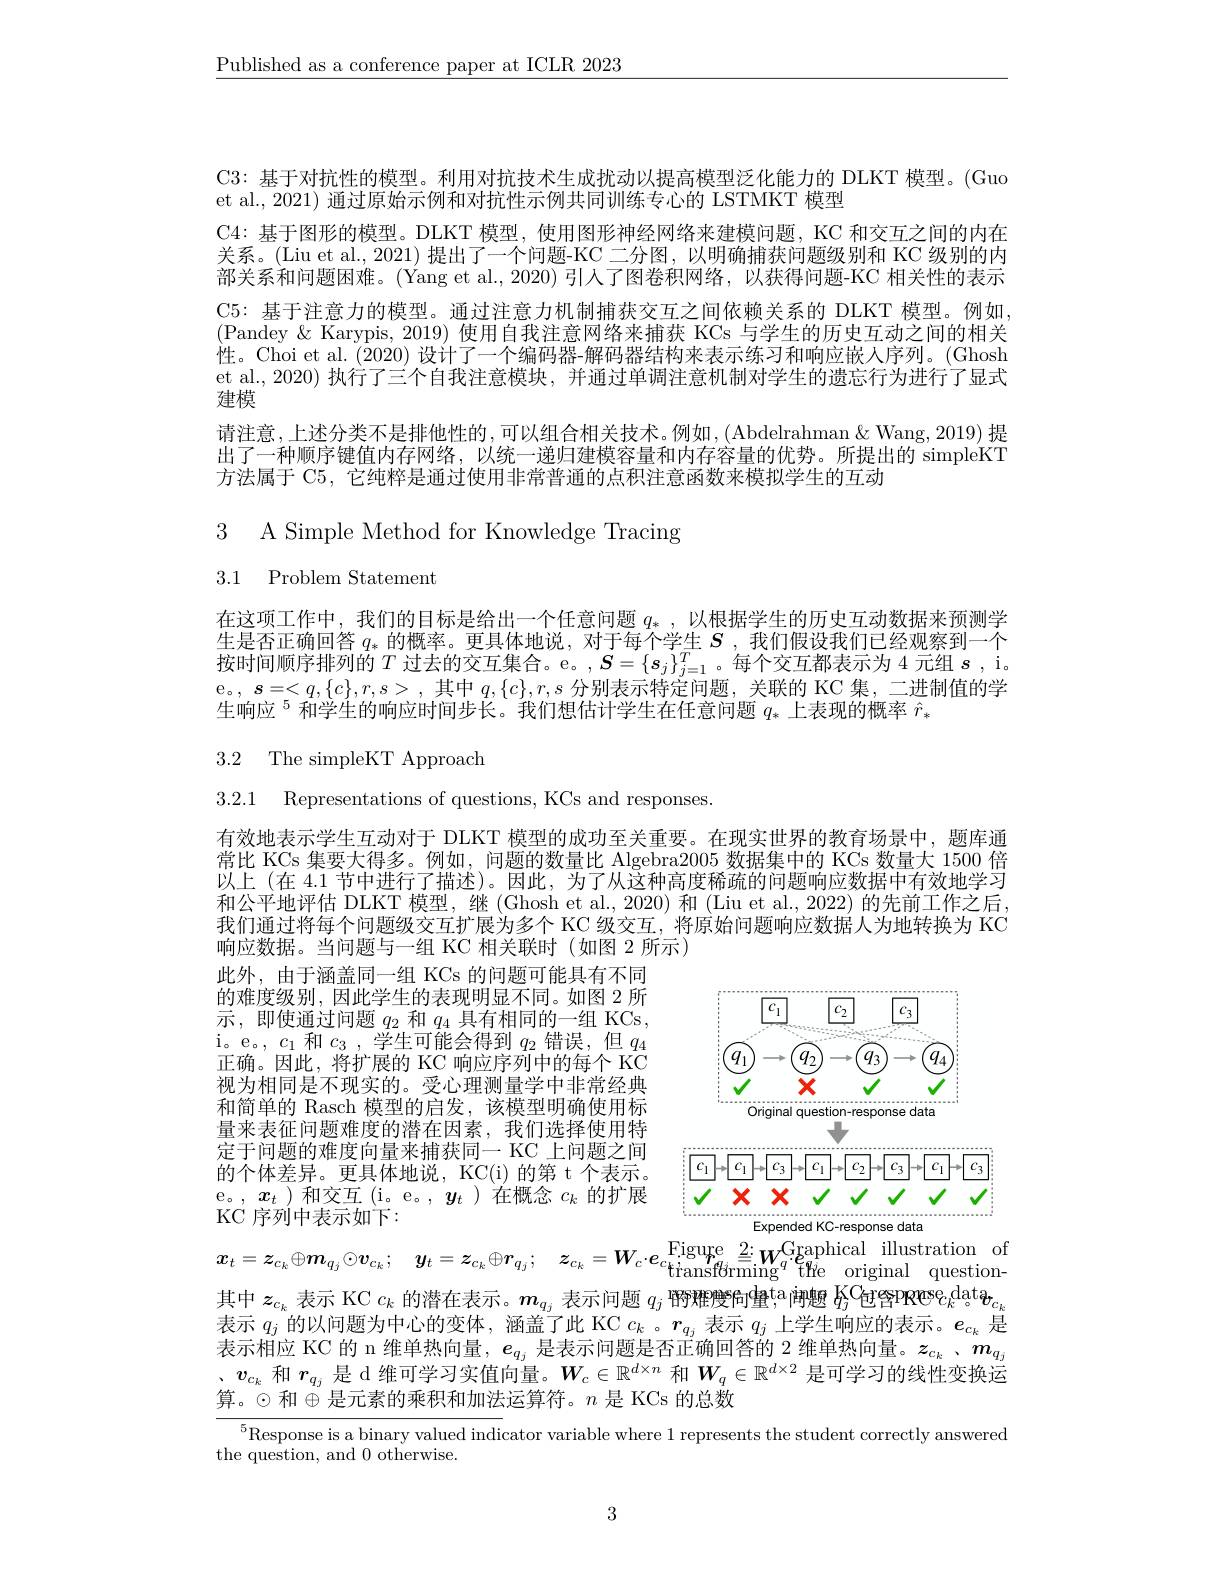
$\underline{\text{Published as a conference paper at ICLR 2023}}$

C3: 基于对抗性的模型。利用对抗技术生成扰动以提高模型泛化能力的 DLKT 模型。(Guo
et al., 2021) 通过原始示例和对抗性示例共同训练专心的 LSTMKT 模型
C4: 基于图形的模型。DLKT 模型，使用图形神经网络来建模问题，KC 和交互之间的内在关系。(Liu et al., 2021) 提出了一个问题-KC 二分图，以明确捕获问题级别和 KC 级别的内部关系和问题困难。(Yang et al., 2020) 引人了图卷积网络，以获得问题-KC 相关性的表示C5: 基于注意力的模型。通过注意力机制捕获交互之间依赖关系的 DLKT 模型。例如(Pandey &Karypis, 2019) 使用自我注意网络来捕获 KCs 与学生的历史互动之间的相关性。Choi et al. (2020) 设计了一个编码器-解码器结构来表示练习和响应嵌人序列。(Ghosh et al., 2020) 执行了三个自我注意模块，并通过单调注意机制对学生的遗忘行为进行了显式建模
请注意，上述分类不是排他性的，可以组合相关技术。例如，(Abdelrahman&Wang,2019) 提出了一种顺序键值内存网络，以统一递归建模容量和内存容量的优势。所提出的 simpleKT 方法属于 C5, 它纯粹是通过使用非常普通的点积注意函数来模拟学生的互动

3 A Simple Method for Knowledge Tracing

# 3.1 Problem Statement

$\begin{array}{l}\text{在这项工作中，我们的目标是给出一个任意问题 }q_*\mathrm{~,~以根据学生的历史互动数据来预测学}\\\text{生是否正确回答 }q_*\mathrm{~的概率。更具体地说，~对于每个学生~}S\mathrm{~,~我们假设我们已经观察到一个}\end{array}$ 按 时 间 顺 序 排 列 的 $T$ 过 去 的 交 互 集 合 。e。$, S= \{ s_j\} _{j= 1}^T$。每 个 交 互 都 表 示 为 4 元 组 $s$ , i. e。, $s= < q, \{ c\} , r, s> $,其中 $q,\{c\},r,s$ 分别表示特定问题，关联的 KC 集，二进制值的学生响应$^{5}$和学生的响应时间步长。我们想估计学生在任意问题 $q_*$ 上表现的概率 $\hat{r}_*$

3.2 The simpleKT Approach

3.2.1 Representations of questions, KCs and responses.

有效地表示学生互动对于 DLKT 模型的成功至关重要。在现实世界的教育场景中，题库通常比 KCs 集要大得多。例如，问题的数量比 Algebra2005 数据集中的 KCs 数量大 1500 倍以上 (在 4.1 节中进行了描述)。因此，为了从这种高度稀疏的问题响应数据中有效地学习和公平地评估 DLKT 模型，继 (Ghosh et al., 2020) 和 (Liu et al., 2022) 的先前工作之后， 我们通过将每个问题级交互扩展为多个 KC 级交互，将原始问题响应数据人为地转换为 KC 响应数据。当问题与一组 KC 相关联时(如图 2 所示)

此外，由于涵盖同一组 KCs 的问题可能具有不同的难度级别，因此学生的表现明显不同。如图 2 所示，即使通过问题$q_{2}$和$q_{4}$具有相同的一组 KCs, i。e。, $c_{1}$和$c_3$ ,学生可能会得到$q_2$错误，但$q_4$ 正确。因此，将扩展的 KC 响应序列中的每个 KC 视为相同是不现实的。受心理测量学中非常经典和简单的 Rasch 模型的启发，该模型明确使用标量来表征问题难度的潜在因素，我们选择使用特$\overline{\text{定于问题的难度向量来捕获同一 KC 上问题之间}}$ 的个体差异。更具体地说，KC(i) 的第 t 个表示。e。, $x_t$ )和交互(i。e。, $y_t$ )在概念$c_k$的扩展KC 序列中表示如下：

<FigureHere>
Expended KC-response data

of
$$=z_{c_{k}}\oplus m_{q_{j}}\odot v_{c_{k}};\quad y_{t}=z_{c_{k}}\oplus r_{q_{j}};\quad z_{c_{k}}=W_{c}\cdot e_{c_{\mathrm{transf}\partial\mathrm{rming}}}\stackrel{\mathrm{Figure}}{=}W_{q}^{\mathrm{Graphical}}\stackrel{\mathrm{illustration}}{=}W_{\mathrm{the}}^{\mathrm{Graphical}}\mathrm{~illustration}$$
其中$z_{c_k}$表示 KC $c_k$的潜在表示。$m_q_j$表示问题$q_j\text{ শ্ষশ欆佝蟹}^\mathrm{ta}$闸魉$\bar{\mathrm{K}}_j^\mathrm{C}$包含PRPese$\varepsilon_k^\mathrm{dat}$o$\tau_{c_k}$ 表示$q_j$的以问题为中心的变体，涵盖了此 KC $c_k$ 。$r_q_j$表示$q_j$上学生响应的表示。$e_{c_k}$是龙不
KC 的 n 维单热向量$,e_q_j$是表示问题是否正确回答的2维单热向量。$z_c_k$ 、$m_{q_j}$
、$v_{c_k}$和$r_q_j$是 d 维可学习实值向量。$W_c\in\mathbb{R}^{d\times n}$和$W_q\in\mathbb{R}^{d\times2}$是可学习的线性变换运
算。$\odot$和$\oplus$是元素的乘积和加法运算符。$n$ 是 KCs 的总数

$^{5}$Response is a binary valued indicator variable where 1 represents the student correctly answered
the question, and 0 otherwise.

3